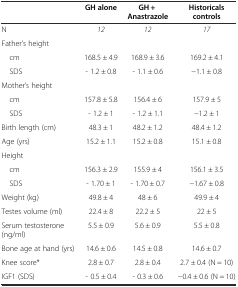
<table><thead><tr><td></td><td><b>GH alone</b></td><td><b>GH + Anastrazole</b></td><td><b>Historicals controls</b></td></tr></thead><tbody><tr><td>N</td><td><i>12</i></td><td><i>12</i></td><td><i>17</i></td></tr><tr><td>Father’s height</td><td></td><td></td><td></td></tr><tr><td> cm</td><td>168.5 ± 4.9</td><td>168.9 ± 3.6</td><td>169.2 ± 4.1</td></tr><tr><td> SDS</td><td>- 1.2 ± 0.8</td><td>- 1.1 ± 0.6</td><td>−1.1 ± 0.8</td></tr><tr><td>Mother’s height</td><td></td><td></td><td></td></tr><tr><td> cm</td><td>157.8 ± 5.8</td><td>156.4 ± 6</td><td>157.9 ± 5</td></tr><tr><td> SDS</td><td>- 1.2 ± 1</td><td>- 1.2 ± 1.1</td><td>−1.2 ± 1</td></tr><tr><td>Birth length (cm)</td><td>48.3 ± 1</td><td>48.2 ± 1.2</td><td>48.4 ± 1.2</td></tr><tr><td>Age (yrs)</td><td>15.2 ± 1.1</td><td>15.2 ± 0.8</td><td>15.1 ± 0.8</td></tr><tr><td>Height</td><td></td><td></td><td></td></tr><tr><td> cm</td><td>156.3 ± 2.9</td><td>155.9 ± 4</td><td>156.1 ± 3.5</td></tr><tr><td> SDS</td><td>- 1.70 ± 1</td><td>- 1.70 ± 0.7</td><td>−1.67 ± 0.8</td></tr><tr><td>Weight (kg)</td><td>49.8 ± 4</td><td>48 ± 6</td><td>49.9 ± 4</td></tr><tr><td>Testes volume (ml)</td><td>22.4 ± 8</td><td>22.2 ± 5</td><td>22 ± 5</td></tr><tr><td>Serum testosterone (ng/ml)</td><td>5.5 ± 0.9</td><td>5.6 ± 0.9</td><td>5.5 ± 0.8</td></tr><tr><td>Bone age at hand (yrs)</td><td>14.6 ± 0.6</td><td>14.5 ± 0.8</td><td>14.6 ± 0.7</td></tr><tr><td>Knee score*</td><td>2.8 ± 0.7</td><td>2.8 ± 0.4</td><td>2.7 ± 0.4 (N = 10)</td></tr><tr><td>IGF1 (SDS)</td><td>- 0.5 ± 0.4</td><td>- 0.3 ± 0.6</td><td>−0.4 ± 0.6 (N = 10)</td></tr></tbody></table>